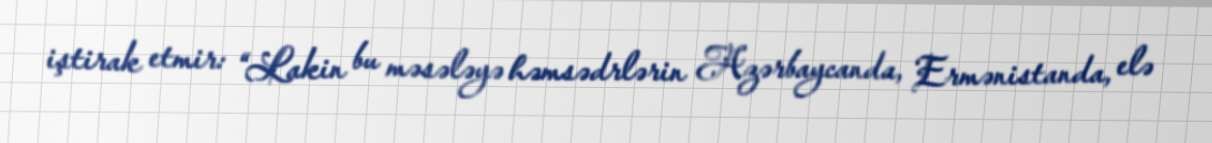
iştirak etmir: “Lakin bu məsələyə həmsədrlərin Azərbaycanda, Ermənistanda, elə